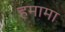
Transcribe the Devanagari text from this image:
हमामा